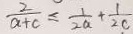
\frac { 2 } { a + c } \leq \frac { 1 } { 2 a } + \frac { 1 } { 2 c }